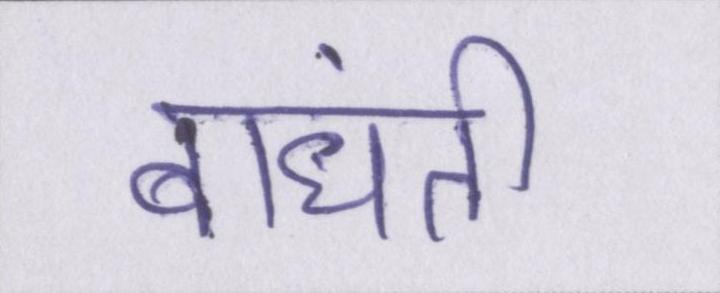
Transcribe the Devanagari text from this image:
बांधती